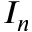
I _ { n }